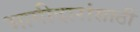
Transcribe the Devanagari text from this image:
भागीदारांसाठी